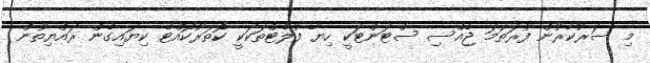
މި ސަރުކާރުން ފުރަތަމަ ޖެއްސި ސްޓަންޓަކީ ހިޔާ ފުލެޓްތަކަކީ ކޮތަރުކޮއްޓޭ ކިޔައިގެން ރައްޔިތުން